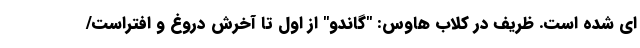
ای شده است. ظریف در کلاب هاوس: "گاندو" از اول تا آخرش دروغ و افتراست/